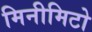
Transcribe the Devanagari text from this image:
मिनीमिटो